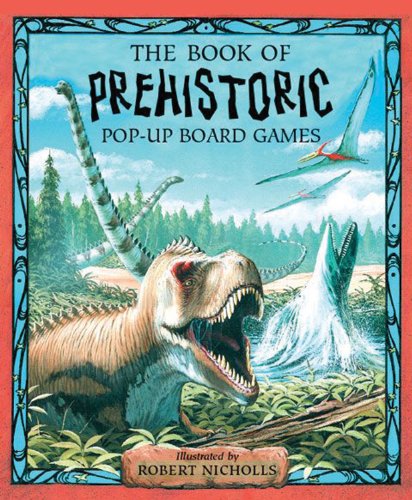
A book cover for Prehistoric Games Pop-Up Board Game: 4 Games, Attached Reading Book (Pop-Up Board Games); Tango Books; Children's Books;